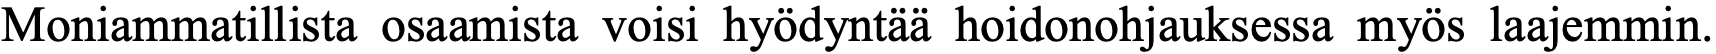
Moniammatillista osaamista voisi hyödyntää hoidonohjauksessa myös laajemmin.